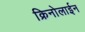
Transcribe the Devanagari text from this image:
क्रिनोलाईन